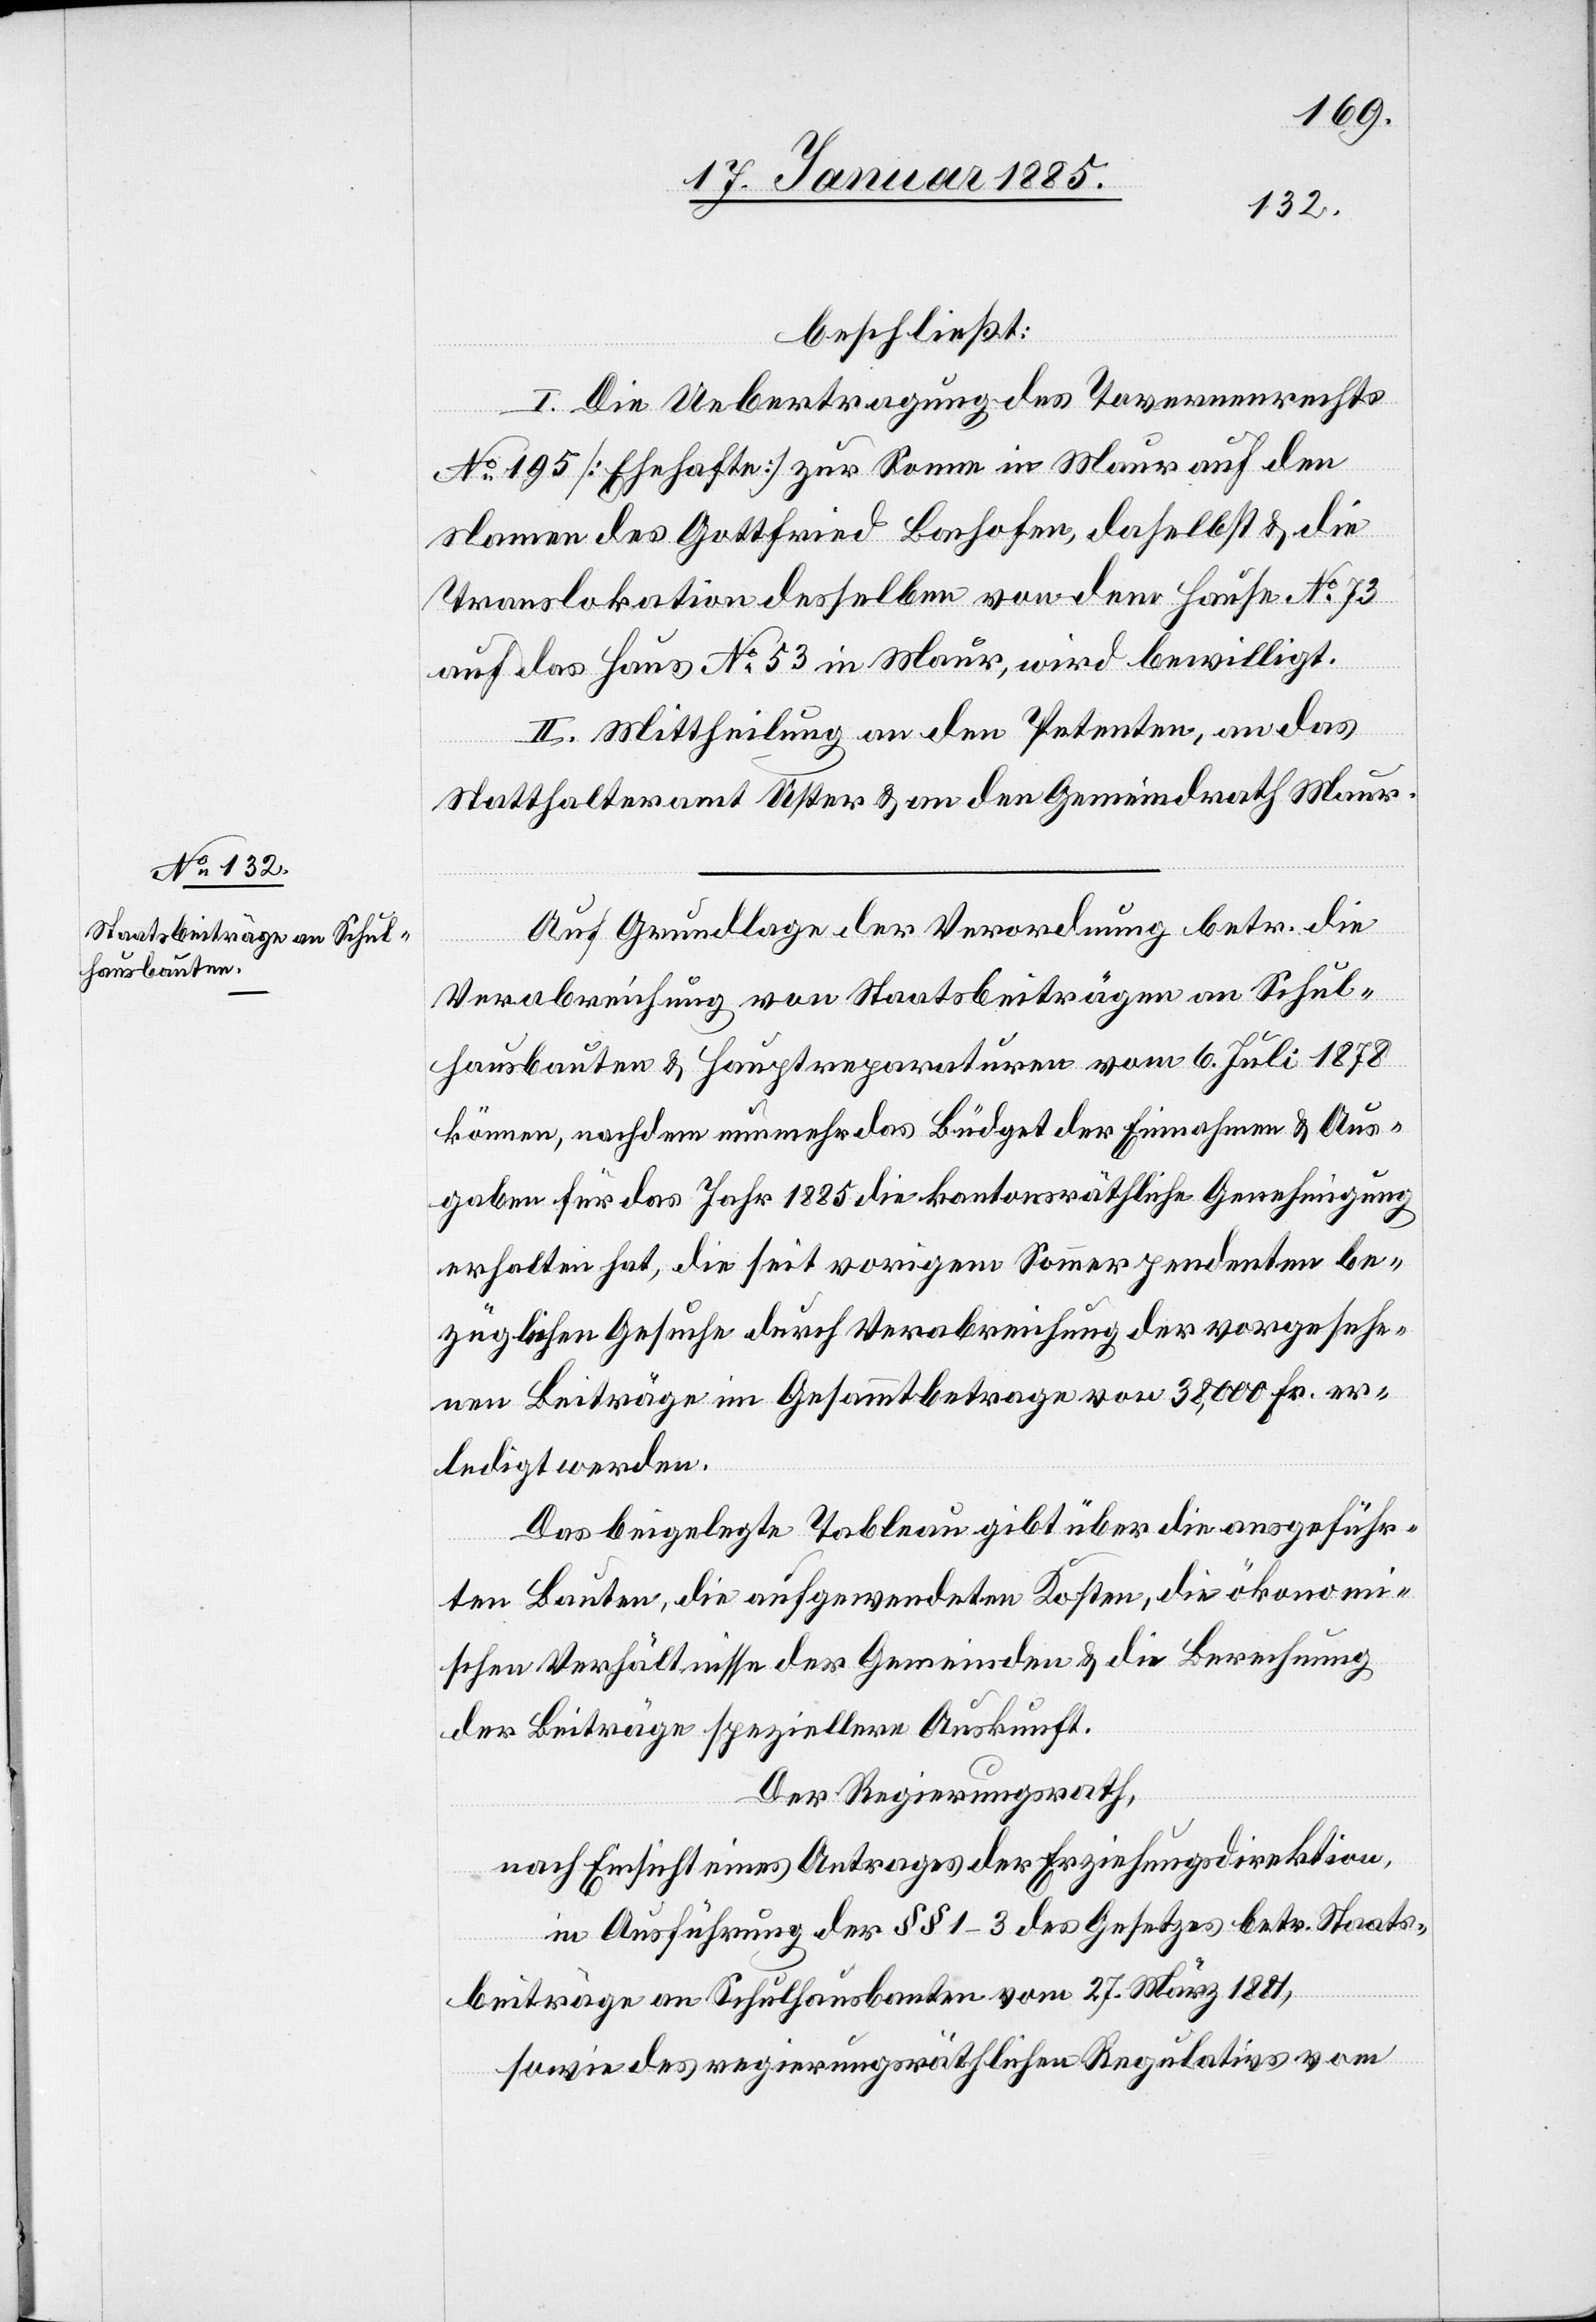
beschließt:
I. Die Uebertragung des Tavernenrechts
No 195 [Ehehafte] zur Sonne in Maur auf den
Namen des Gottfried Bachofen, daselbst & die
Translokation desselben von dem Hause No 73
auf das Haus No 53 in Maur, wird bewilligt.
II. Mittheilung an den Petenten, an das
Statthalteramt Uster & an den Gemeindrath Maur.
Auf Grundlage der Verordnung betr. die
Verabreichung von Staatsbeiträgen an Schul¬
hausbauten & Hauptreparaturen vom 6. Juli 1878
können, nachdem nunmehr das Büdget der Einnahmen & Aus¬
gaben für das Jahr 1885 die kantonsräthliche Genehmigung
erhalten hat, die seit vorigem Sommer pendenten be¬
züglichen Gesuche durch Verabreichung der vorgesehe¬
nen Beiträge im Gesammtbetrage von 38,000 Fr. er¬
ledigt werden.
Das beigelegte Tableau gibt über die ausgeführ¬
ten Bauten, die aufgewendeten Kosten, die ökonomi¬
schen Verhältnisse der Gemeinden & die Berechnung
der Beiträge speziellere Auskunft.
Der Regierungsrath,
nach Einsicht eines Antrages der Erziehungsdirektion,
in Ausführung der §§ 1–3 des Gesetzes betr. Staats¬
beiträge an Schulhausbauten vom 27. März 1881,
sowie des regierungsräthlichen Regulativs vom